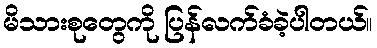
မိသားစုတွေကို ပြန်လက်ခံခဲ့ပါတယ်။